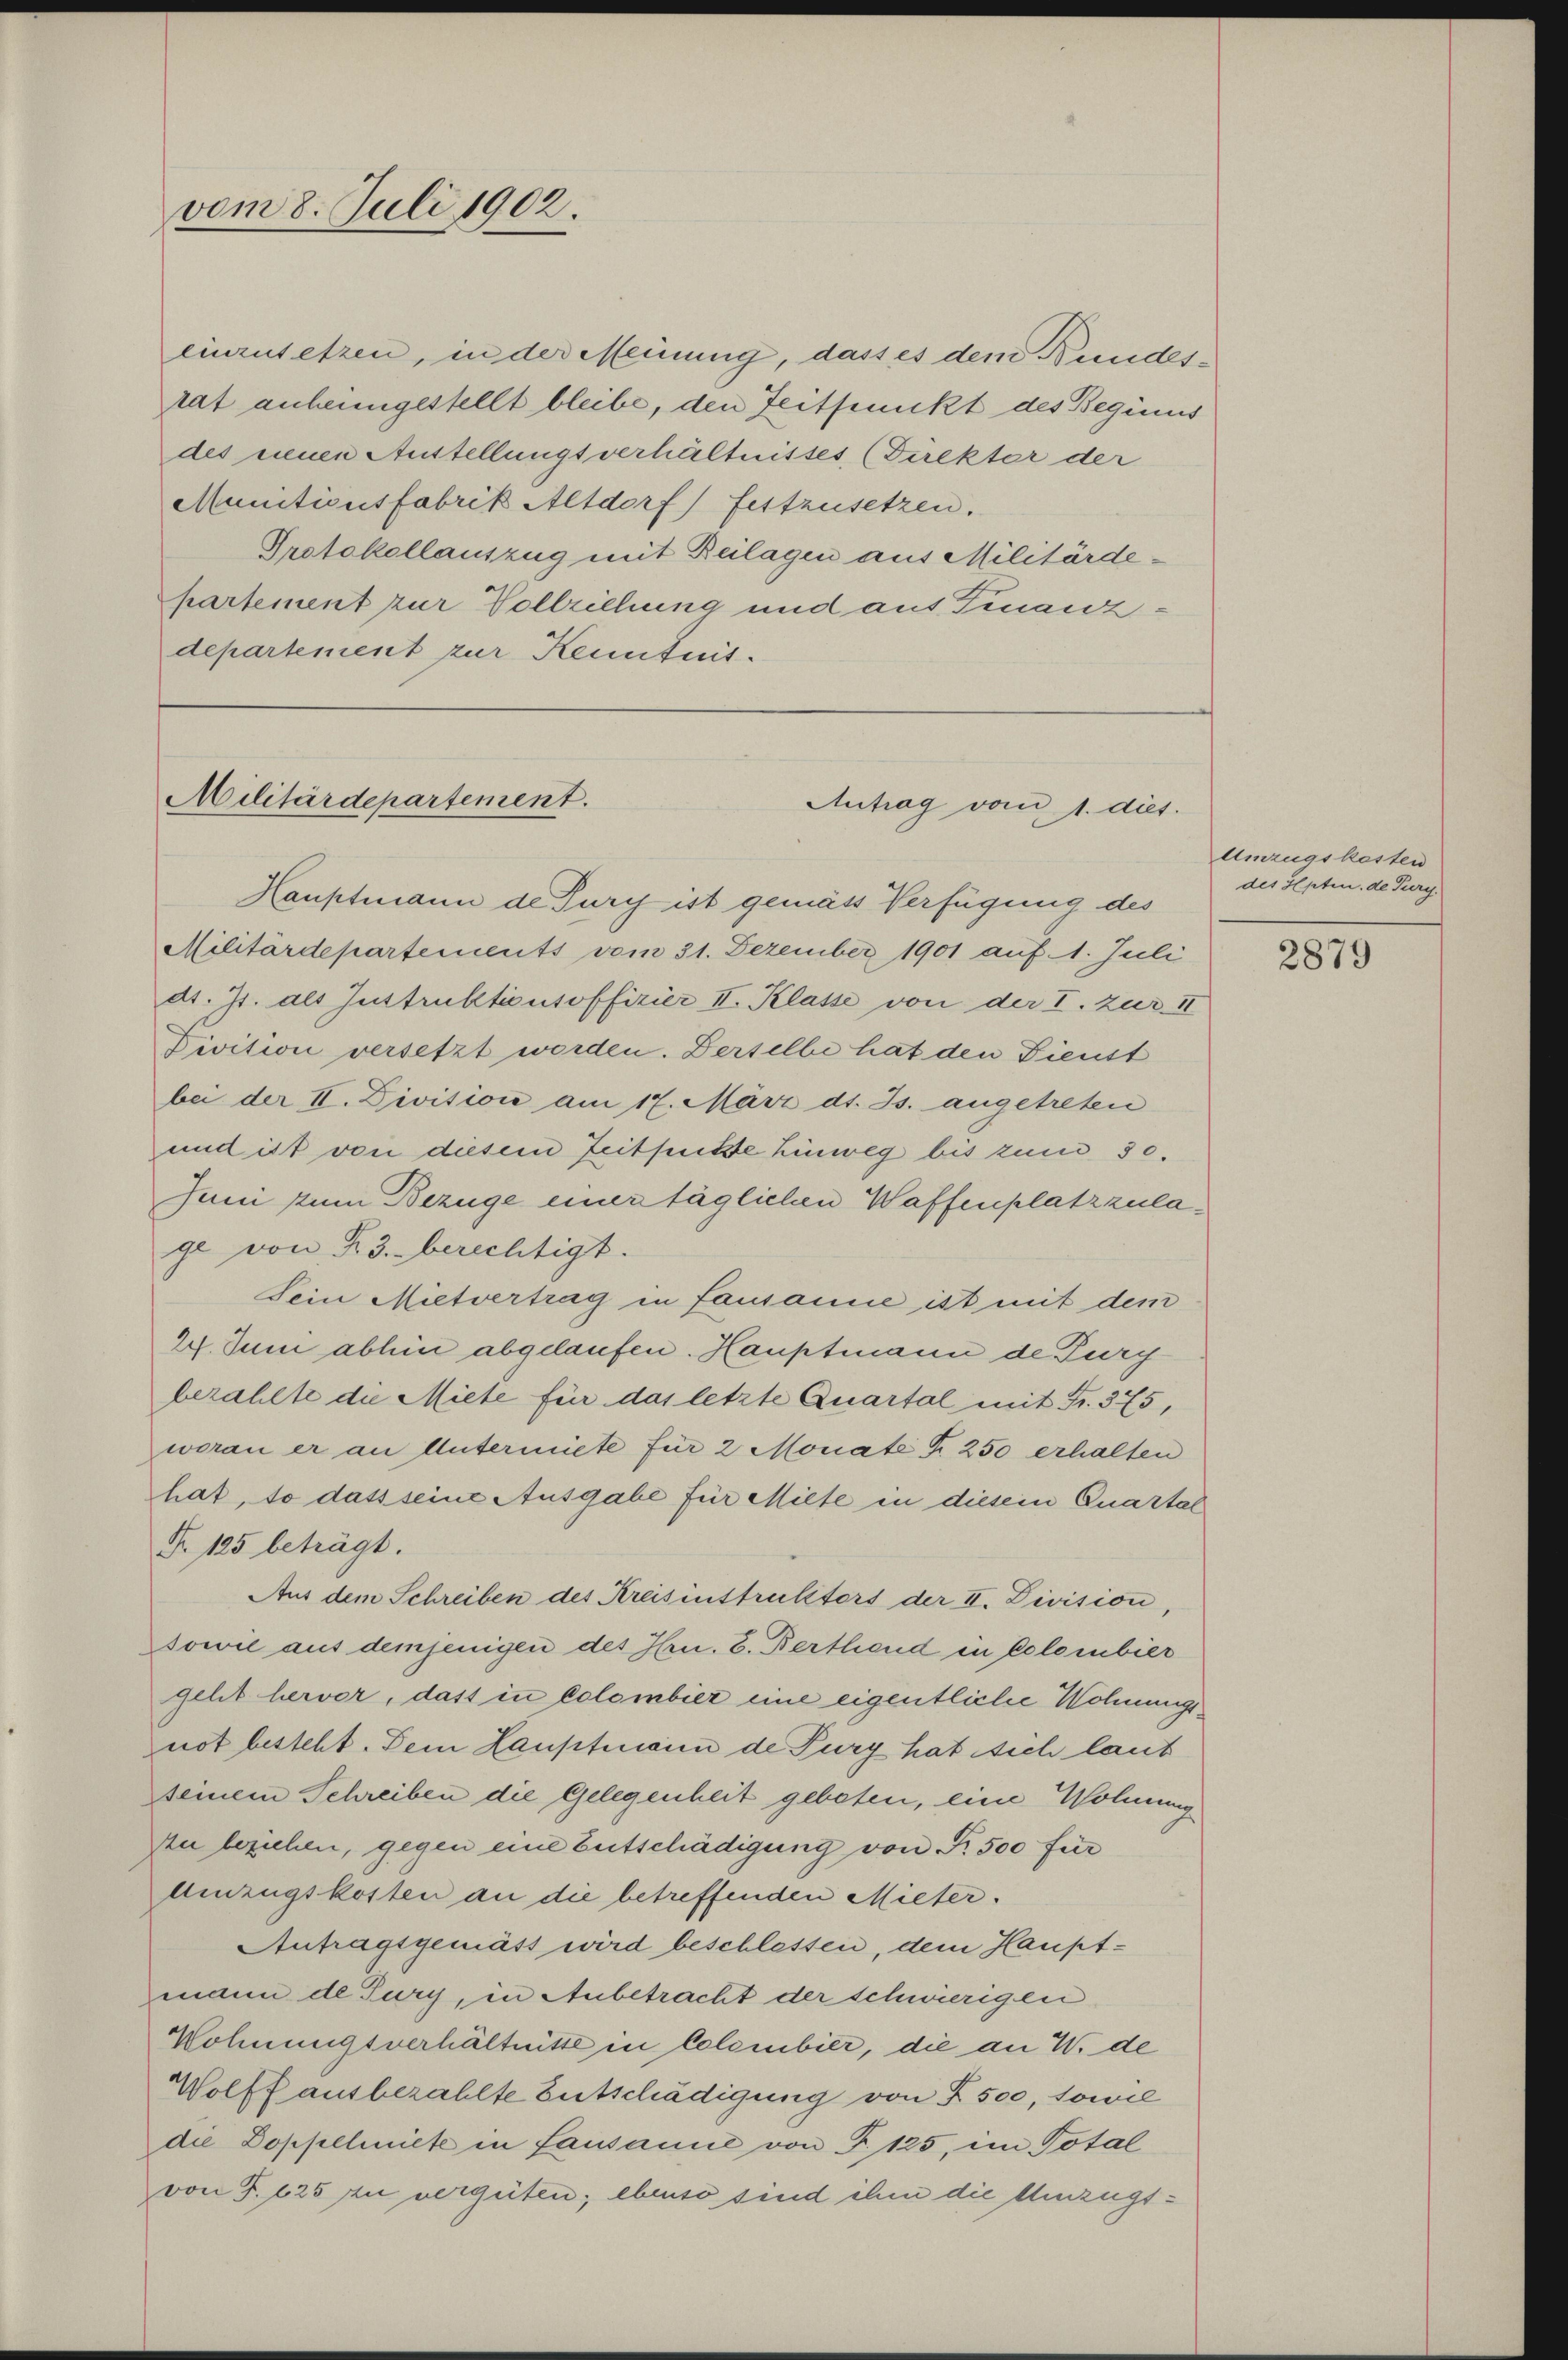
vom 8. Juli 1902.

einzusetzen, in der Meinung, dass es dem Bundesrat anheimgestellt bleibe, den Zeitpunkt des Beginns
des neuen Austellungsverhältnisses, (Direkter der
Munitionsfabrik Altdorf) festzusetzen.
Protokollauszug mit Beilagen aus Militärdepartement zur Vollziehung und aus Finanzdepartement zur Kenntnis.

Militärdepartement.

Antrag vom 1. dies.

Hauptmann de Turch ist gemäss Verfügung des
Militärdepartements vom 31. Dezember 1901 auf 1. Juli
dt. Js. als Instruktionsoffizier II. Klasse von der I. zur II
Divitii versetzt worden. Derselbe hat den Dienst
bei der II. Divisione am 17. März d. Js. angetreten
und ist von diesem Zeitpuße hinweg bis zum 30.
Juni zum Bezüge einer täglichen Waffenplatzzulage von R.3. berechtigt.
Sein Mietvertrag in fausanne ist mit dem
24. Juni abhin abgelaufen. Hauptmann de Furchbezahlte die Miete für das letzte Quartal mit Fr. 375,
woran er an Untermiete für 2 Monate Fr. 250 erhalten
hat, so dass seine Ausgabe für Miete in diesem Quartal
Nr. 125 beträgt.
Aus dem Schreiben des Kreisinstruktors der II. Division
sowie aus demjenigen des Hrn. B. Berthend in Colombier
gelit hervor, dass in Colombier eine eigentliche Wohnungsnot besteht. Dem Hauptmann de Purg hat sich laut
seinem Schreiben die Gelegenheit geboten, eine Wohnung
In beziehen, gegen eine Entschädigung von Fr. 500 für
Umzugskosten an die betreffenden Mieter.
Antragsgemäß wird beschlessen, dem Hauptmann de Tury, in Anbetracht der schwierigen
Wohnungsverhältnisse in Colombier, die an W. de
Wolff ausbezahlte Entschädigung von § 500, sowie
die Doppeleiet in Lausanne von F. 125, im Total
von T. 625 zu vergüten; ebenso sind ihm die Umzugs¬

Umzugskosten
des Septen. de Perg.

2879